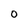
Character: 0